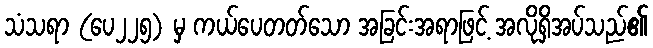
သံသရာ (ပေ၂၂၅) မှ ကယ်ပေတတ်သော အခြင်းအရာဖြင့် အလိုရှိအပ်သည်၏